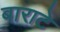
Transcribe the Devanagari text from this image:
बाराटे